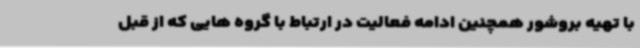
با تهیه بروشور همچنین ادامه فعالیت در ارتباط با گروه هایی که از قبل